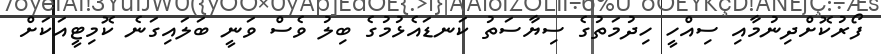
ފޯރުކޮށްދިނުމާއި ސިއްހީ ހިދުމަތުގެ ސިޔާސަތު ކަނޑައެޅުމުގެ ބިލު ވެސް ވަނީ ބަލައިގަނެ ކޮމިޓީއަކަށް